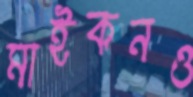
মাইকনও